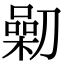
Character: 𠟯